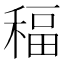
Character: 稫